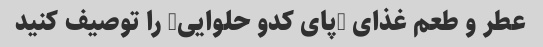
عطر و طعم غذای "پای کدو حلوایی" را توصیف کنید